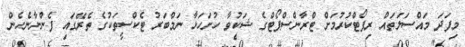
މިފަދަ މައްސަލަތައް ރިޕޯޓްކުރުމަށް ޓްރާންސްޕޯޓްގެ ޝަކުވާ ހުށަހަޅާ ނަމްބަރު ޓެކްސީތަކުގެ ތެރޭގައި ފެންނާނެހެން